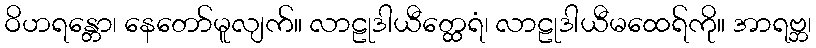
ဝိဟရန္တော၊ နေတော်မူလျက်။ လာဠုဒါယီတ္ထေရံ၊ လာဠုဒါယီမထေရ်ကို။ အာရဗ္ဘ၊